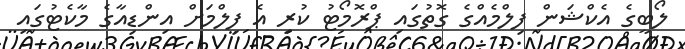
ލޯބީގެ އެކްޝަން ފިލްމެއްގެ ގޮތުގައި ޕްރޮމޯޓު ކުރި އެ ފިލްމަށް އިންޑިއާގެ މާކެޓުގައި